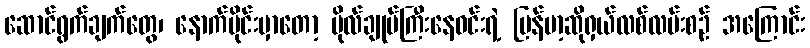
ဆောင်ရွက်ချက်တွေ၊ နောက်ပိုင်းမှာတော့ ဗိုလ်ချုပ်ကြီးနေဝင်းရဲ့ မြန်မာ့ဆိုရှယ်လစ်လမ်းစဉ် အကြောင်း